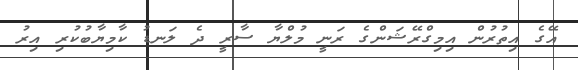
އޭގެ އިތުރުން އިމިގްރޭޝަންގެ ރަނީ މުލްޔާ ސާރީ ދެ ލަނޑު ކާމިޔާބުކުރި އިރު